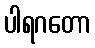
ပါရဂတော